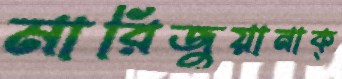
মারিজুয়ানাক্